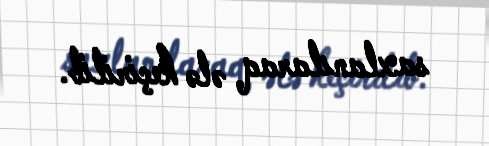
saxlanılaraq ələ keçirilib.